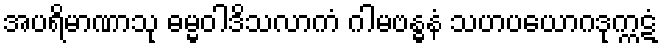
အပရိမာဏာသု ဓမ္မဝါဒိသလာကံ ဂါမဗန္ဓနံ သဟပယောဂဒုက္ကဋံ